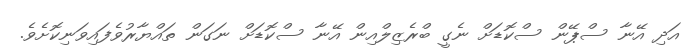
އަދި އޭނާ ސްޕޭން ސްކޮޑަށް ނެގީ ބްރެޒިލްއިން އޭނާ ސްކޮޑަށް ނަގަން ތައްޔާރުވެފައިވަނިކޮށެވެ.